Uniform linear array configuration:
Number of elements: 16
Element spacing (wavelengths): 0.25
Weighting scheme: binomial
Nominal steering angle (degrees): -30
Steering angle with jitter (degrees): -29.701
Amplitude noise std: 0.05
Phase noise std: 0.05

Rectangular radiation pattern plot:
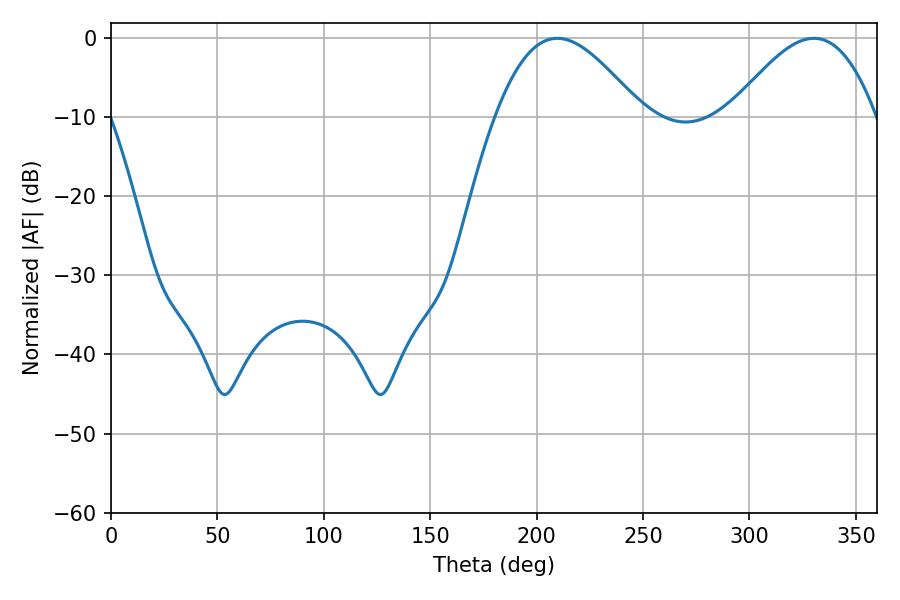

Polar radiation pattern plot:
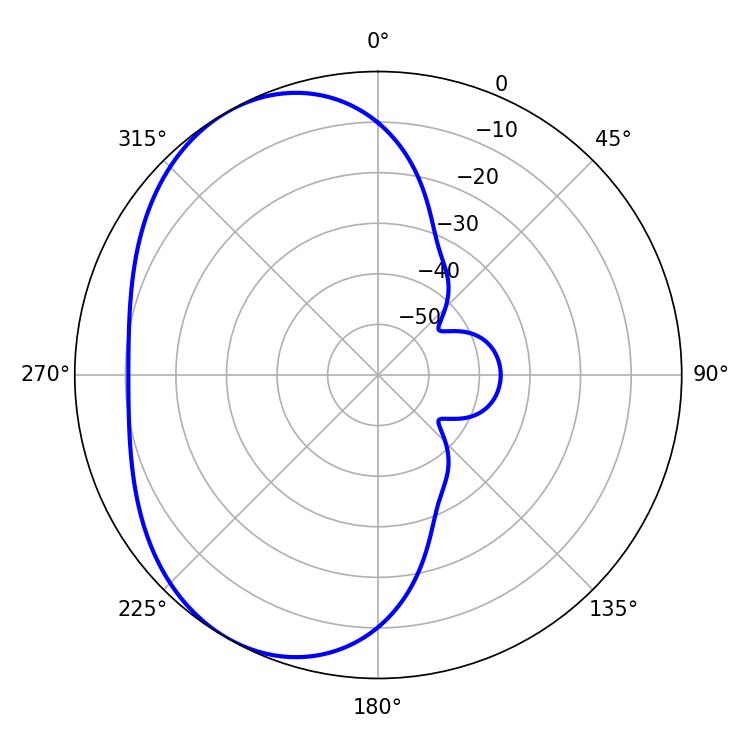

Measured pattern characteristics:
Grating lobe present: FALSE
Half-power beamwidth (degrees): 37.08
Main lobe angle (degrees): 209.7